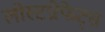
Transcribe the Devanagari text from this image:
लोस्टप्रोफेट्स